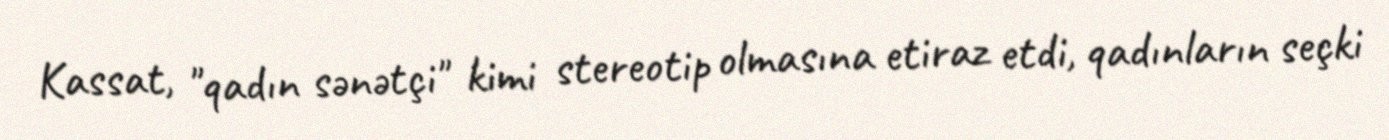
Kassat, "qadın sənətçi" kimi stereotip olmasına etiraz etdi, qadınların seçki